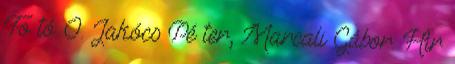
Fo tó: O. Jakócs Pé ter, Marcali Gábor. Hir